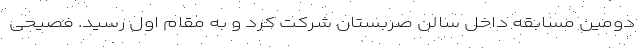
دومین مسابقه داخل سالن صربستان شرکت کرد و به مقام اول رسید. فصیحی